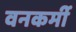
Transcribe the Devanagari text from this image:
वनकर्मी